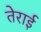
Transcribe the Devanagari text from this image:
तेराई